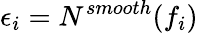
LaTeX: \epsilon_{i}=N^{smooth}(f_{i})